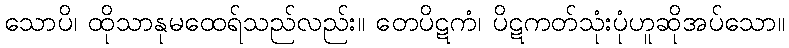
သောပိ၊ ထိုသာနုမထေရ်သည်လည်း။ တေပိဋကံ၊ ပိဋကတ်သုံးပုံဟူဆိုအပ်သော။